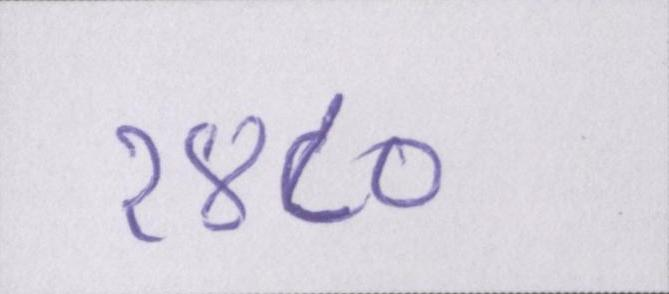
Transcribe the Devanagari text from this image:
१४८०